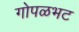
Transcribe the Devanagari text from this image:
गोपळभट